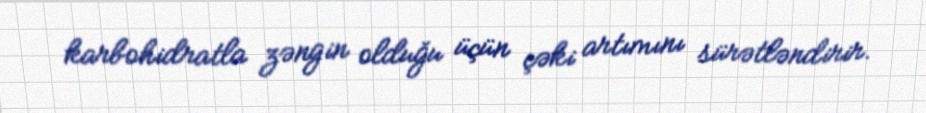
karbohidratla zəngin olduğu üçün çəki artımını sürətləndirir.